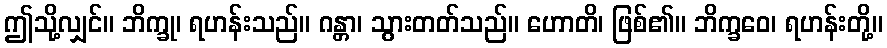
ဤသို့လျှင်။ ဘိက္ခု၊ ရဟန်းသည်။ ဂန္တာ၊ သွားတတ်သည်။ ဟောတိ၊ ဖြစ်၏။ ဘိက္ခဝေ၊ ရဟန်းတို့။